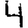
Digit: 4